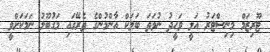
ޓޫރިޒަމް މިނިސްޓަރު އަލީ ވަހީދު ނުވަތަ ބަލަކް އާންމުންގެ ތެރޭގައި މަގުބޫލު ނަމަކަށްވީ